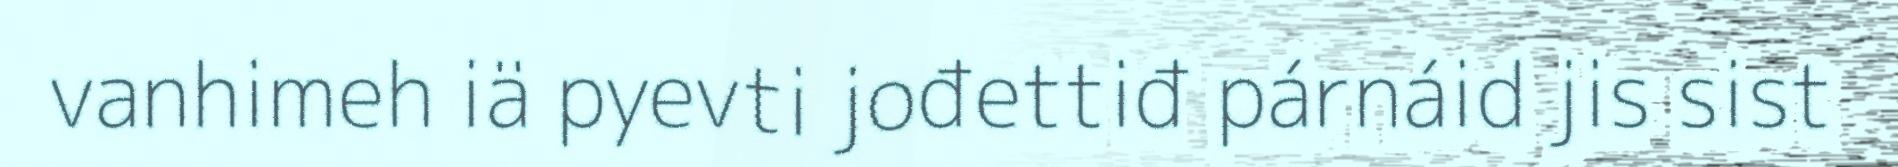
vanhimeh iä pyevti jođettiđ párnáid jis sist